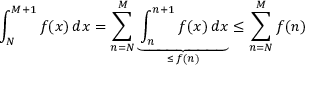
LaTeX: \int _ { N } ^ { M + 1 } f ( x ) \, d x = \sum _ { n = N } ^ { M } \underbrace { \int _ { n } ^ { n + 1 } f ( x ) \, d x } _ { \leq \, f ( n ) } \leq \sum _ { n = N } ^ { M } f ( n )